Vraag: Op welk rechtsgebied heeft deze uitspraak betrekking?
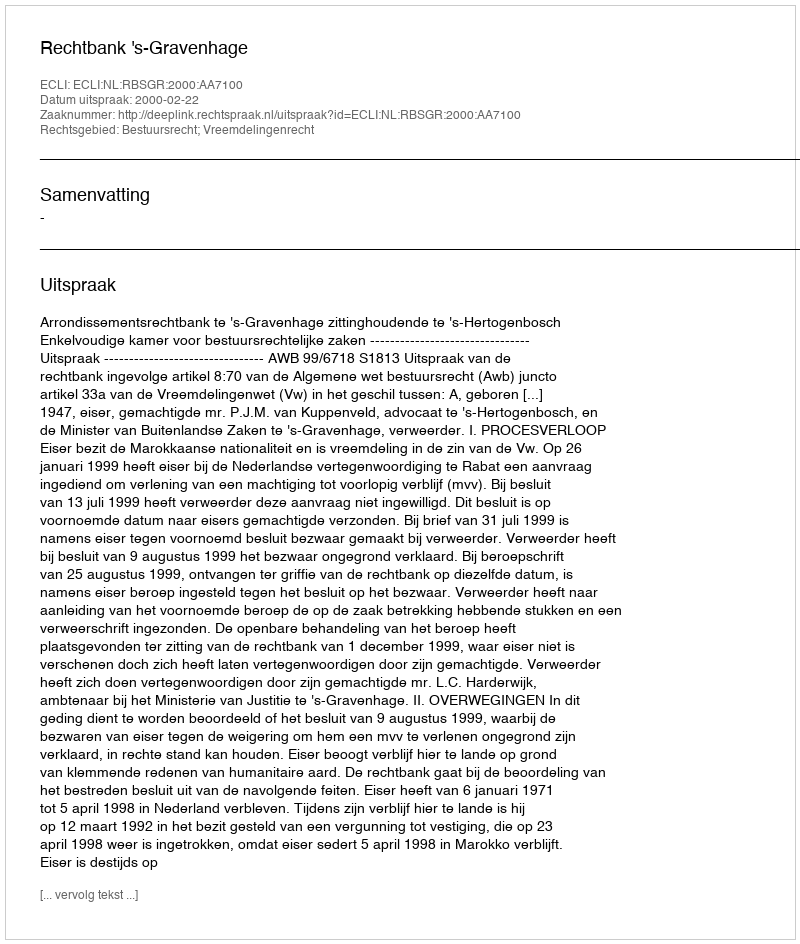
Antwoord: Bestuursrecht; Vreemdelingenrecht